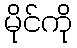
မိုင်ကို